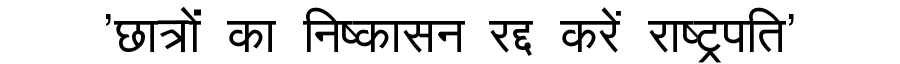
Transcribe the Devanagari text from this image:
'छात्रों का निष्कासन रद्द करें राष्ट्रपति'